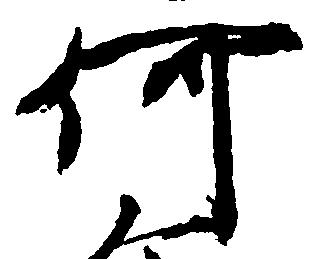
何